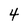
Character: 4